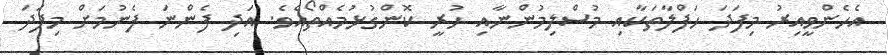
އެހެންވީއިރު މިފަދަ ހަފްލާތަކާއި މުސްލިމުންނާއި ހުރީ ކޮންގުޅުމެއްތޯއެވެ. އަދި ފެންނަ ފެނުމަށް މިފަދަ